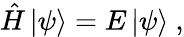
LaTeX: {\hat{H}}\left|\psi\right\rangle=E\left|\psi\right\rangle~,